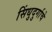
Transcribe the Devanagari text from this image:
सिंधुदुर्गाचे